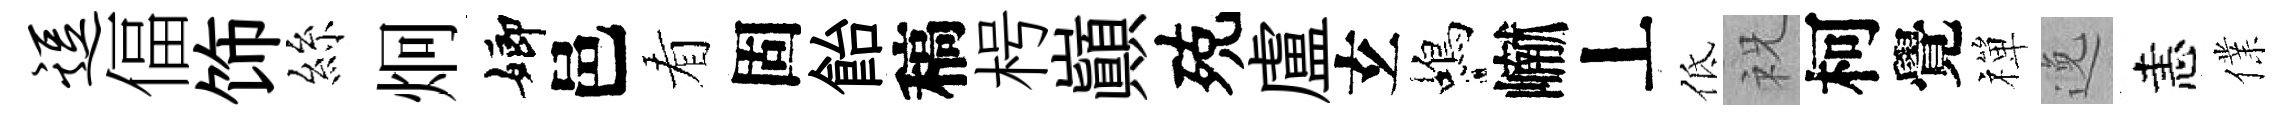
逗偪饰絲炯嫏邑看固飴稿枵巔殑盧𤣥蝎𪩘丄低祝柯覺禪𨓜恚㒒